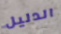
الدليل